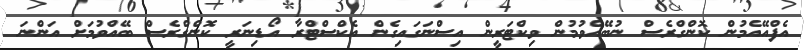
އެފްއޭއެމުން ކޮންގްރެސް ނުބޭއްވުމުން ވިކްޓަރީން އިސްނަގައިގެން އެކްސްޓްރާ އޯޑިނަރީ ކޮންގްރެސް ބޭއްވުމަށް އަންނަ